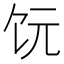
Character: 𫗟